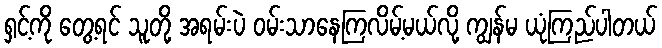
ရှင့်ကို တွေ့ရင် သူတို့ အရမ်းပဲ ဝမ်းသာနေကြလိမ့်မယ်လို့ ကျွန်မ ယုံကြည်ပါတယ်